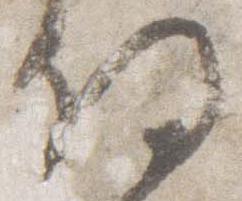
将